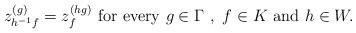
LaTeX: \begin{align*}z^{(g)}_{h^{-1}f} = z^{(hg)}_f \mbox{ for every } g \in \Gamma~,~ f \in K \mbox{ and } h \in W.\end{align*}